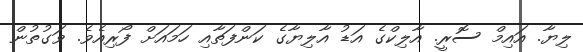
ލިޔާ. އައިމް ސޮރީ. އާލިކްގެ އަޑު އާލިޔާގެ ކަންފަތާއި ހަމައަށް ފޯރިއެވެ. ވަގުތުން